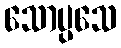
သောပ္ပသေ